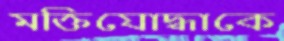
মক্তিযোদ্ধাকে